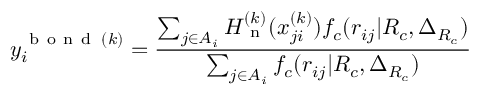
y _ { i } ^ { \mathrm { ~ b ~ o ~ n ~ d ~ } \: ( k ) } = \frac { \sum _ { j \in A _ { i } } H _ { \mathrm { ~ n ~ } } ^ { ( k ) } ( x _ { j i } ^ { ( k ) } ) f _ { c } ( r _ { i j } | R _ { c } , \Delta _ { R _ { c } } ) } { \sum _ { j \in A _ { i } } f _ { c } ( r _ { i j } | R _ { c } , \Delta _ { R _ { c } } ) }